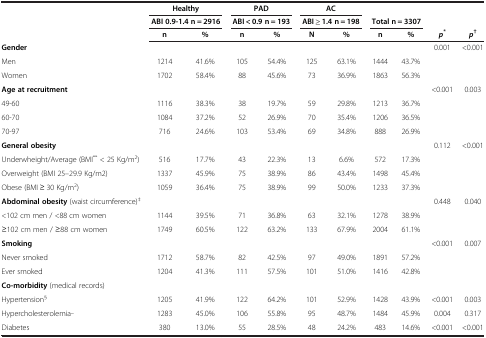
<table><thead><tr><td>[EMPTY_CELL]</td><td colspan="2"><b>Healthy</b></td><td colspan="2"><b>PAD</b></td><td colspan="2"><b>AC</b></td><td>[EMPTY_CELL]</td><td>[EMPTY_CELL]</td><td>[EMPTY_CELL]</td><td>[EMPTY_CELL]</td></tr><tr><td rowspan="2">[EMPTY_CELL]</td><td colspan="2"><b>ABI 0.9-1.4 n = 2916</b></td><td colspan="2"><b>ABI &lt; 0.9 n = 193</b></td><td colspan="2"><b>ABI ≥ 1.4 n = 198</b></td><td colspan="2"><b>Total n = 3307</b></td><td>[EMPTY_CELL]</td><td>[EMPTY_CELL]</td></tr><tr><td><b>n</b></td><td><b>%</b></td><td><b>n</b></td><td><b>%</b></td><td><b>N</b></td><td><b>%</b></td><td><b>n</b></td><td><b>%</b></td><td><b><i>p</i><sup>*</sup></b></td><td><b><i>p</i><sup>†</sup></b></td></tr></thead><tbody><tr><td><b>Gender</b></td><td>[EMPTY_CELL]</td><td>[EMPTY_CELL]</td><td>[EMPTY_CELL]</td><td>[EMPTY_CELL]</td><td>[EMPTY_CELL]</td><td>[EMPTY_CELL]</td><td>[EMPTY_CELL]</td><td>[EMPTY_CELL]</td><td>0.001</td><td>&lt;0.001</td></tr><tr><td>Men</td><td>1214</td><td>41.6%</td><td>105</td><td>54.4%</td><td>125</td><td>63.1%</td><td>1444</td><td>43.7%</td><td>[EMPTY_CELL]</td><td>[EMPTY_CELL]</td></tr><tr><td>Women</td><td>1702</td><td>58.4%</td><td>88</td><td>45.6%</td><td>73</td><td>36.9%</td><td>1863</td><td>56.3%</td><td>[EMPTY_CELL]</td><td>[EMPTY_CELL]</td></tr><tr><td><b>Age at recruitment</b></td><td>[EMPTY_CELL]</td><td>[EMPTY_CELL]</td><td>[EMPTY_CELL]</td><td>[EMPTY_CELL]</td><td>[EMPTY_CELL]</td><td>[EMPTY_CELL]</td><td>[EMPTY_CELL]</td><td>[EMPTY_CELL]</td><td>&lt;0.001</td><td>0.003</td></tr><tr><td>49-60</td><td>1116</td><td>38.3%</td><td>38</td><td>19.7%</td><td>59</td><td>29.8%</td><td>1213</td><td>36.7%</td><td>[EMPTY_CELL]</td><td>[EMPTY_CELL]</td></tr><tr><td>60-70</td><td>1084</td><td>37.2%</td><td>52</td><td>26.9%</td><td>70</td><td>35.4%</td><td>1206</td><td>36.5%</td><td>[EMPTY_CELL]</td><td>[EMPTY_CELL]</td></tr><tr><td>70-97</td><td>716</td><td>24.6%</td><td>103</td><td>53.4%</td><td>69</td><td>34.8%</td><td>888</td><td>26.9%</td><td>[EMPTY_CELL]</td><td>[EMPTY_CELL]</td></tr><tr><td><b>General obesity</b></td><td>[EMPTY_CELL]</td><td>[EMPTY_CELL]</td><td>[EMPTY_CELL]</td><td>[EMPTY_CELL]</td><td>[EMPTY_CELL]</td><td>[EMPTY_CELL]</td><td>[EMPTY_CELL]</td><td>[EMPTY_CELL]</td><td>0.112</td><td>&lt;0.001</td></tr><tr><td>Underwheight/Average (BMI<sup>**</sup> &lt; 25 Kg/m<sup>2</sup>)</td><td>516</td><td>17.7%</td><td>43</td><td>22.3%</td><td>13</td><td>6.6%</td><td>572</td><td>17.3%</td><td>[EMPTY_CELL]</td><td>[EMPTY_CELL]</td></tr><tr><td>Overweight (BMI 25–29.9 Kg/m2)</td><td>1337</td><td>45.9%</td><td>75</td><td>38.9%</td><td>86</td><td>43.4%</td><td>1498</td><td>45.4%</td><td>[EMPTY_CELL]</td><td>[EMPTY_CELL]</td></tr><tr><td>Obese (BMI ≥ 30 Kg/m<sup>2</sup>)</td><td>1059</td><td>36.4%</td><td>75</td><td>38.9%</td><td>99</td><td>50.0%</td><td>1233</td><td>37.3%</td><td>[EMPTY_CELL]</td><td>[EMPTY_CELL]</td></tr><tr><td><b>Abdominal obesity</b> (waist circumference)<sup>‡</sup></td><td>[EMPTY_CELL]</td><td>[EMPTY_CELL]</td><td>[EMPTY_CELL]</td><td>[EMPTY_CELL]</td><td>[EMPTY_CELL]</td><td>[EMPTY_CELL]</td><td>[EMPTY_CELL]</td><td>[EMPTY_CELL]</td><td>0.448</td><td>0.040</td></tr><tr><td>&lt;102 cm men / &lt;88 cm women</td><td>1144</td><td>39.5%</td><td>71</td><td>36.8%</td><td>63</td><td>32.1%</td><td>1278</td><td>38.9%</td><td>[EMPTY_CELL]</td><td>[EMPTY_CELL]</td></tr><tr><td>≥102 cm men / ≥88 cm women</td><td>1749</td><td>60.5%</td><td>122</td><td>63.2%</td><td>133</td><td>67.9%</td><td>2004</td><td>61.1%</td><td>[EMPTY_CELL]</td><td>[EMPTY_CELL]</td></tr><tr><td><b>Smoking</b></td><td>[EMPTY_CELL]</td><td>[EMPTY_CELL]</td><td>[EMPTY_CELL]</td><td>[EMPTY_CELL]</td><td>[EMPTY_CELL]</td><td>[EMPTY_CELL]</td><td>[EMPTY_CELL]</td><td>[EMPTY_CELL]</td><td>&lt;0.001</td><td>0.007</td></tr><tr><td>Never smoked</td><td>1712</td><td>58.7%</td><td>82</td><td>42.5%</td><td>97</td><td>49.0%</td><td>1891</td><td>57.2%</td><td>[EMPTY_CELL]</td><td>[EMPTY_CELL]</td></tr><tr><td>Ever smoked</td><td>1204</td><td>41.3%</td><td>111</td><td>57.5%</td><td>101</td><td>51.0%</td><td>1416</td><td>42.8%</td><td>[EMPTY_CELL]</td><td>[EMPTY_CELL]</td></tr><tr><td><b>Co-morbidity</b> (medical records)</td><td>[EMPTY_CELL]</td><td>[EMPTY_CELL]</td><td>[EMPTY_CELL]</td><td>[EMPTY_CELL]</td><td>[EMPTY_CELL]</td><td>[EMPTY_CELL]</td><td>[EMPTY_CELL]</td><td>[EMPTY_CELL]</td><td>[EMPTY_CELL]</td><td>[EMPTY_CELL]</td></tr><tr><td>Hypertension<sup>§</sup></td><td>1205</td><td>41.9%</td><td>122</td><td>64.2%</td><td>101</td><td>52.9%</td><td>1428</td><td>43.9%</td><td>&lt;0.001</td><td>0.003</td></tr><tr><td>Hypercholesterolemia<sup>_</sup></td><td>1283</td><td>45.0%</td><td>106</td><td>55.8%</td><td>95</td><td>48.7%</td><td>1484</td><td>45.9%</td><td>0.004</td><td>0.317</td></tr><tr><td>Diabetes</td><td>380</td><td>13.0%</td><td>55</td><td>28.5%</td><td>48</td><td>24.2%</td><td>483</td><td>14.6%</td><td>&lt;0.001</td><td>&lt;0.001</td></tr></tbody></table>